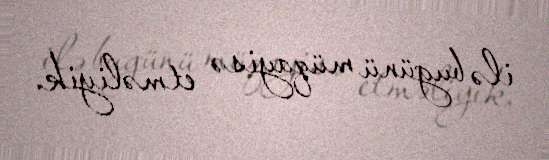
ilə bugünü müqayisə etməliyik.